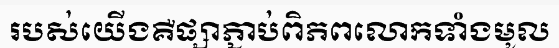
របស់យើងគឺផ្សាភ្ជាប់ពិភពលោកទាំងមូល